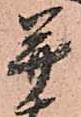
并